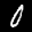
Label: 0